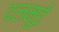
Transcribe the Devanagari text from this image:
दलमुई